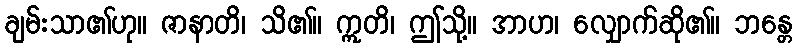
ချမ်းသာ၏ဟု။ ဇာနာတိ၊ သိ၏။ ဣတိ၊ ဤသို့။ အာဟ၊ လျှောက်ဆို၏။ ဘန္တေ